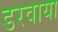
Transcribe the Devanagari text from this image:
डरवाया